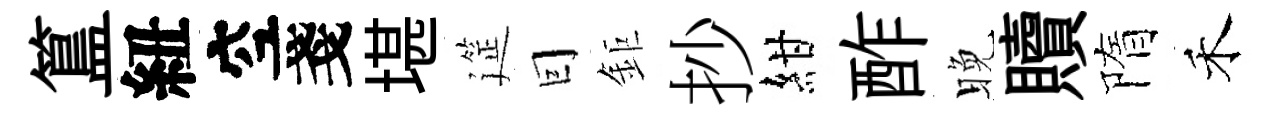
簋紐空戔堪筵囙鉅抄紺酢晚贖隋禾